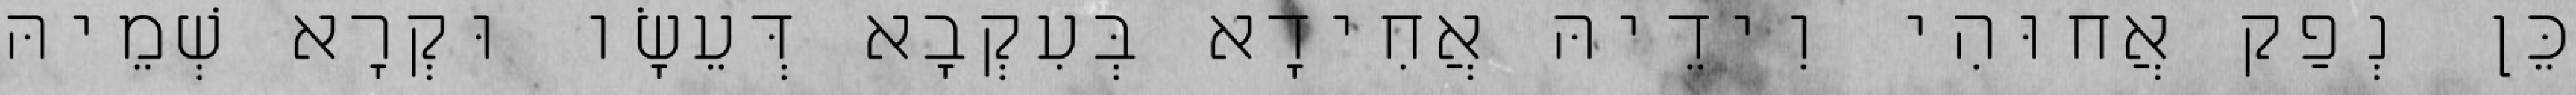
כֵּן נְפַק אֲחוּהִי וִידֵיהּ אֲחִידָא בְּעִקְבָא דְּעֵשָׂו וּקְרָא שְׁמֵיהּ